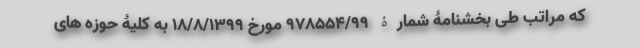
که مراتب طی بخشنامۀ شمارۀ ۹۷۸۵۵۴/۹۹ مورخ ۱۸/۸/۱۳۹۹ به کلیۀ حوزه های